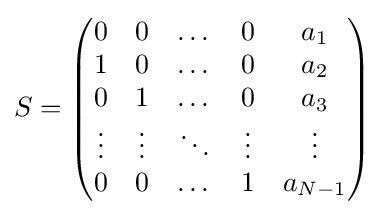
S={\begin{pmatrix}0&0&\dots &0&a_{1}\\1&0&\dots &0&a_{2}\\0&1&\dots &0&a_{3}\\\vdots &\vdots &\ddots &\vdots &\vdots \\0&0&\dots &1&a_{N-1}\end{pmatrix}}